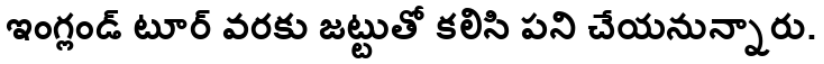
ఇంగ్లండ్ టూర్ వరకు జట్టుతో కలిసి పని చేయనున్నారు.